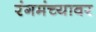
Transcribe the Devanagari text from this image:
रंगमंच्यावर